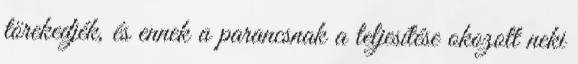
törekedjék, és ennek a parancsnak a teljesítése okozott neki